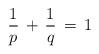
LaTeX: \begin{align*}\frac{1}{p}\,+\,\frac{1}{q}\,=\,1\end{align*}